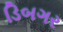
ડિબગર